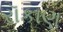
રૉકાણ